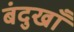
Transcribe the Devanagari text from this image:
बंदुखाँ